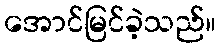
အောင်မြင်ခဲ့သည်။